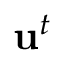
\mathrm { \mathbf { u } } ^ { t }